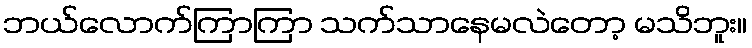
ဘယ်လောက်ကြာကြာ သက်သာနေမလဲတော့ မသိဘူး။